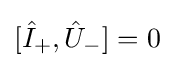
[{\hat {I}}_{+},{\hat {U}}_{-}]=0